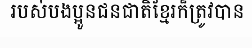
របស់បងប្អូនជនជាតិខ្មែរក៏ត្រូវបាន